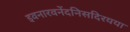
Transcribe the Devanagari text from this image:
इवनारवनेंदनिसदिरयया